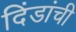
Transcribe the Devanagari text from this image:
दिंडांची